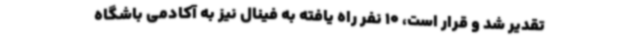
تقدیر شد و قرار است، 10 نفر راه یافته به فینال نیز به آکادمی باشگاه